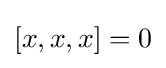
[x,x,x]=0